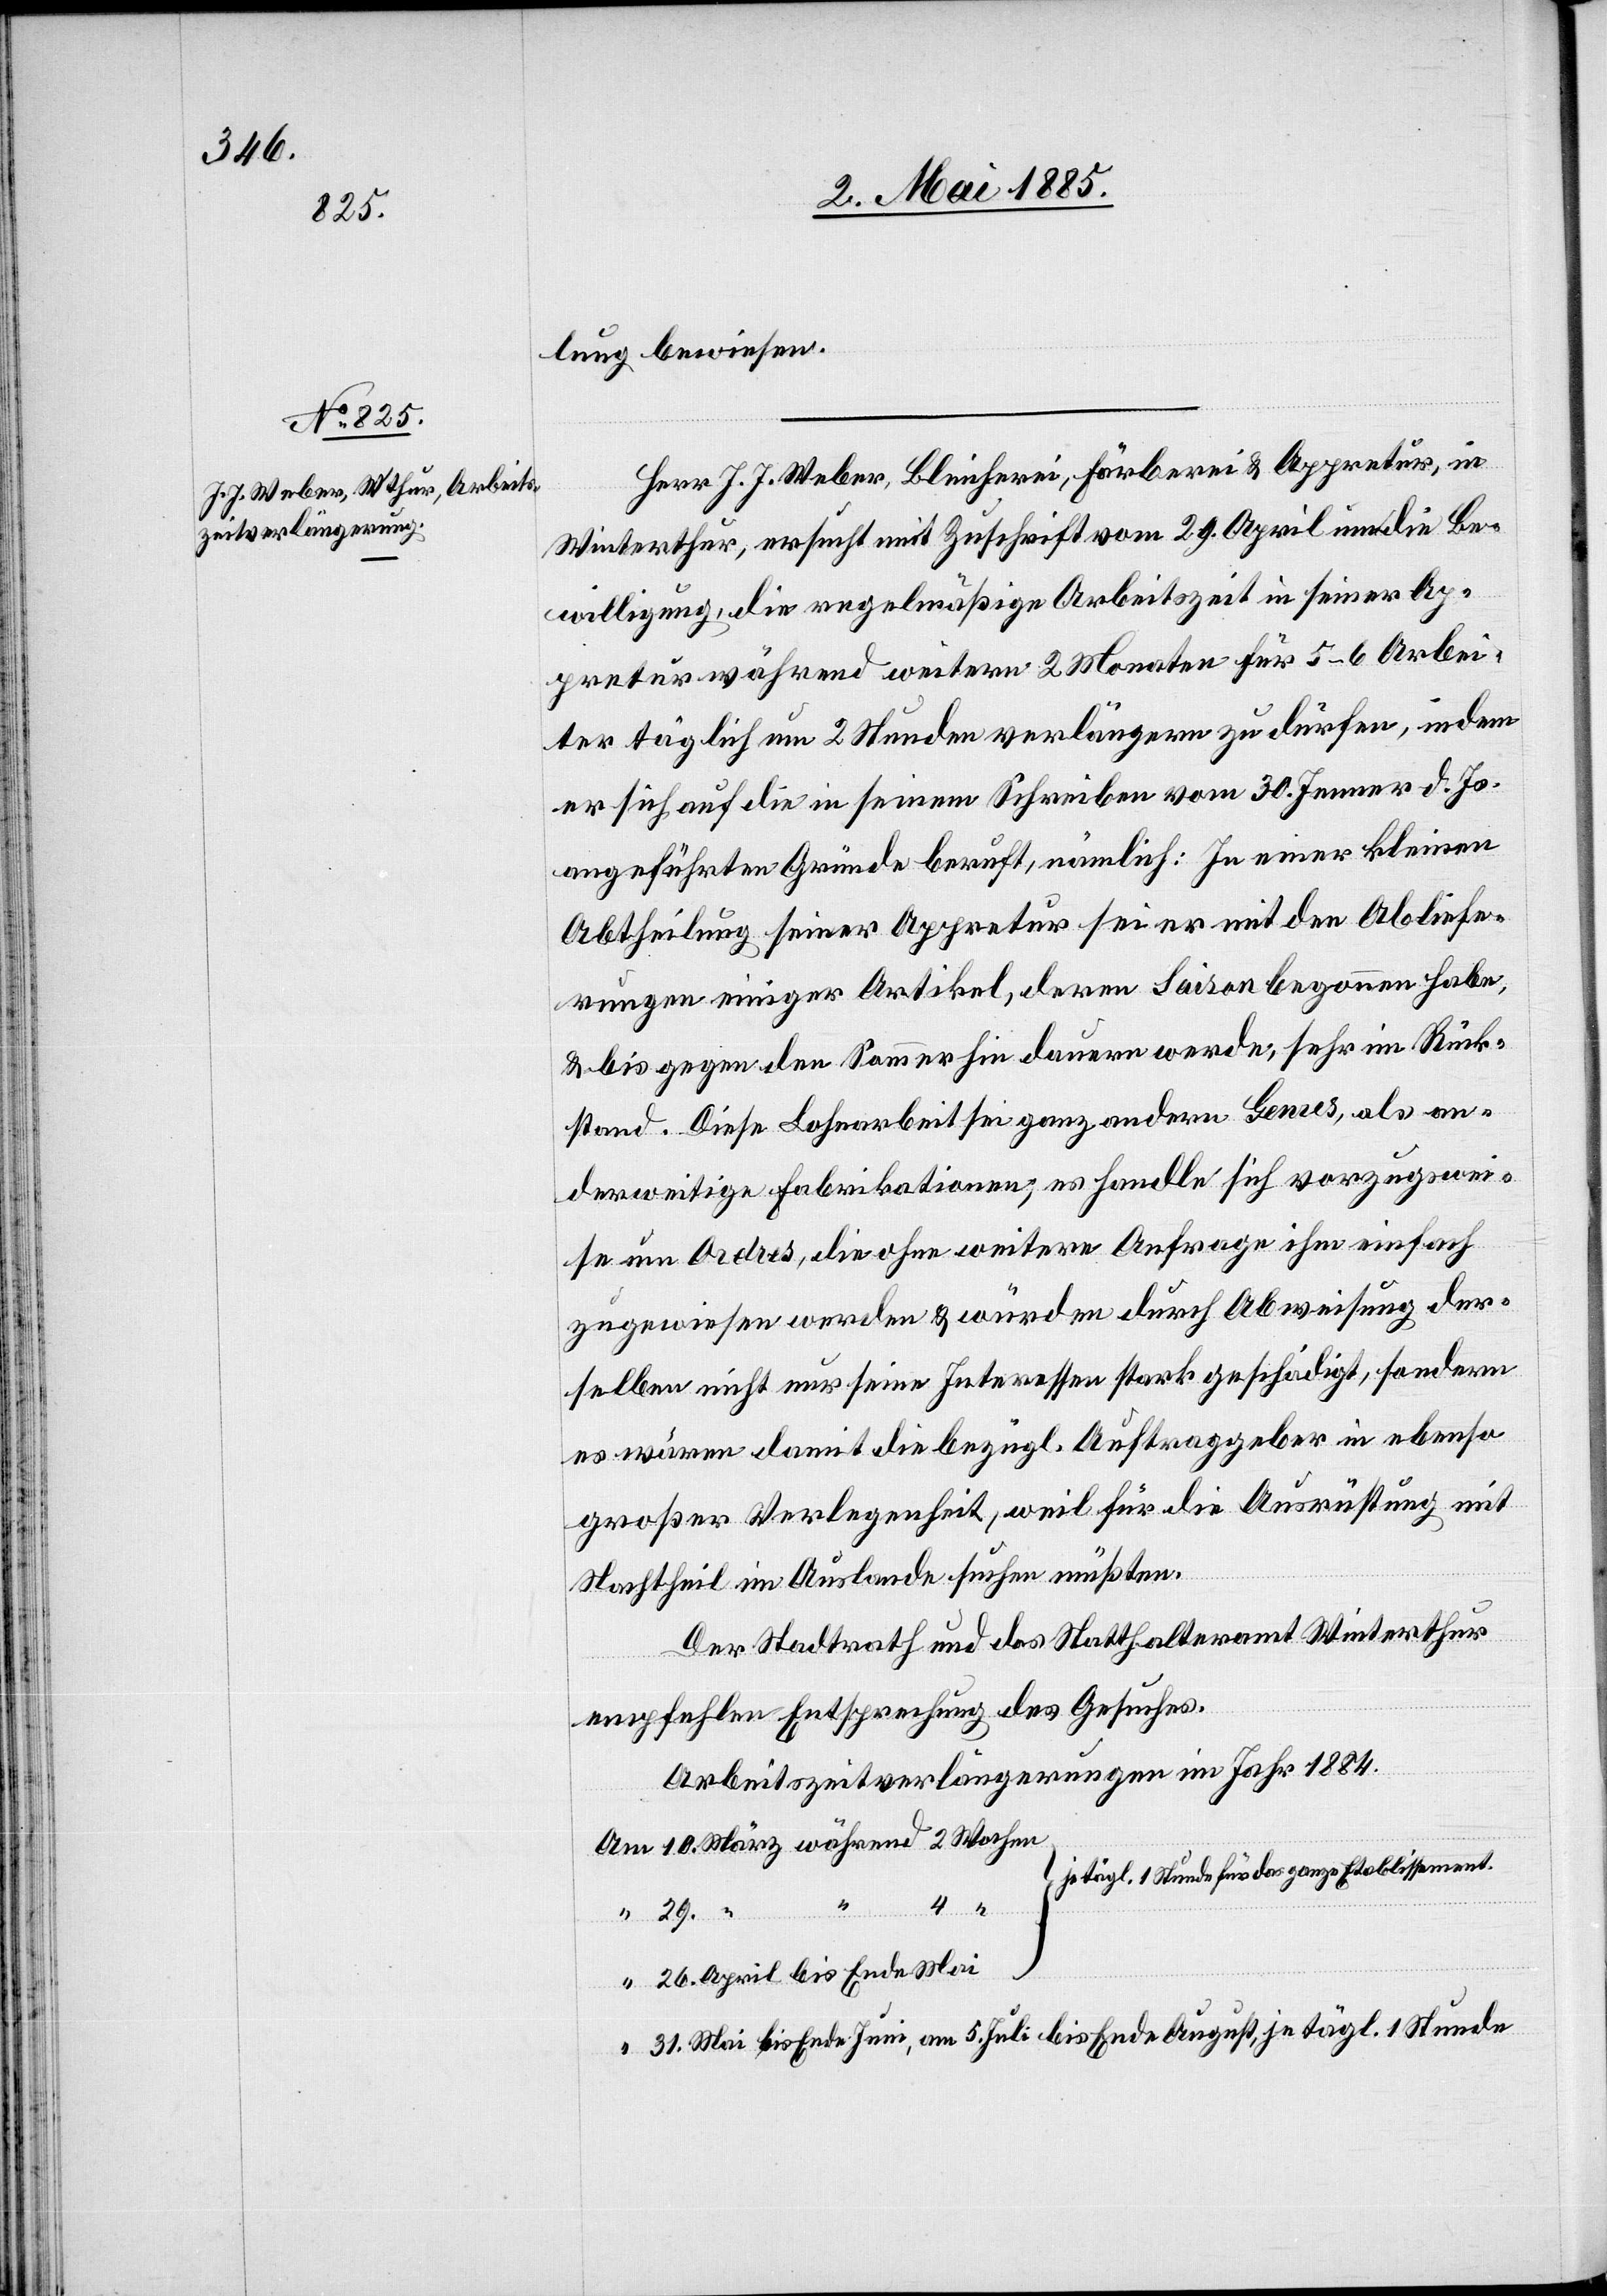
Herr J. J. Weber, Bleicherei, Färberei & Appretur, in
Winterthur, ersucht mit Zuschrift vom 29. April um die Be¬
willigung, die regelmäßige Arbeitszeit in seiner Ap¬
pretur während weitern 2 Monaten für 5–6 Arbei¬
ter täglich um 2 Stunden verlängern zu dürfen, indem
er sich auf die in seinem Schreiben vom 30. Jenner d. Js.
angeführten Gründe beruft, nämlich: In einer kleinen
Abtheilung seiner Appretur sei er mit den Abliefe¬
rungen einiger Artikel, deren Saison begonnen habe,
& bis gegen den Sommer hin dauern werde, sehr im Rück¬
stand. Diese Lohnarbeit sei ganz andern Genres, als an¬
derweitige Fabrikationen, es handle sich vorzugswei¬
se um Ordres, die ohne weitere Anfrage ihm einfach
zugewiesen werden & würden durch Abweisung der¬
selben nicht nur seine Interessen stark geschädigt, sondern
es wären damit die bezügl. Auftraggeber in ebenso
großer Verlegenheit, weil [diese] für die Ausrüstung mit
Nachtheil im Auslande suchen müßten.
Der Stadtrath und das Statthalteramt Winterthur
empfehlen Entsprechung des Gesuches.
Arbeitszeitverlängerungen im Jahr 1884.
tägl. 1 Stunde für das ganze Etablissement.
Wochen
April bis Ende Mai
Mai bis Ende Juni, am 5. Juli bis Ende August, je tägl. 1 Stunde.